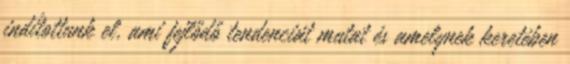
indítottunk el, ami fejlődő tendenciát mutat és amelynek keretében